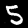
Label: 5